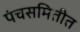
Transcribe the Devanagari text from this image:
पंचसमितीत